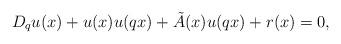
LaTeX: \begin{align*} D_q u(x)+ u(x) u(qx)+ \tilde{A}(x) u(qx)+r(x)= 0,\end{align*}